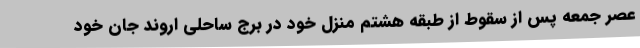
عصر جمعه پس از سقوط از طبقه هشتم منزل خود در برج ساحلی اروند جان خود